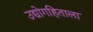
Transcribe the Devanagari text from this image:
उद्योगहिताला